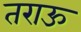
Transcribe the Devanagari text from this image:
तराऊ